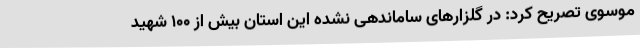
موسوی تصریح کرد: در گلزارهای ساماندهی نشده این استان بیش از 100 شهید